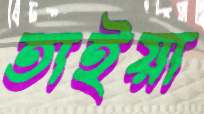
তাইয়া